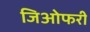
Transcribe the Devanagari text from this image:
जिओफरी